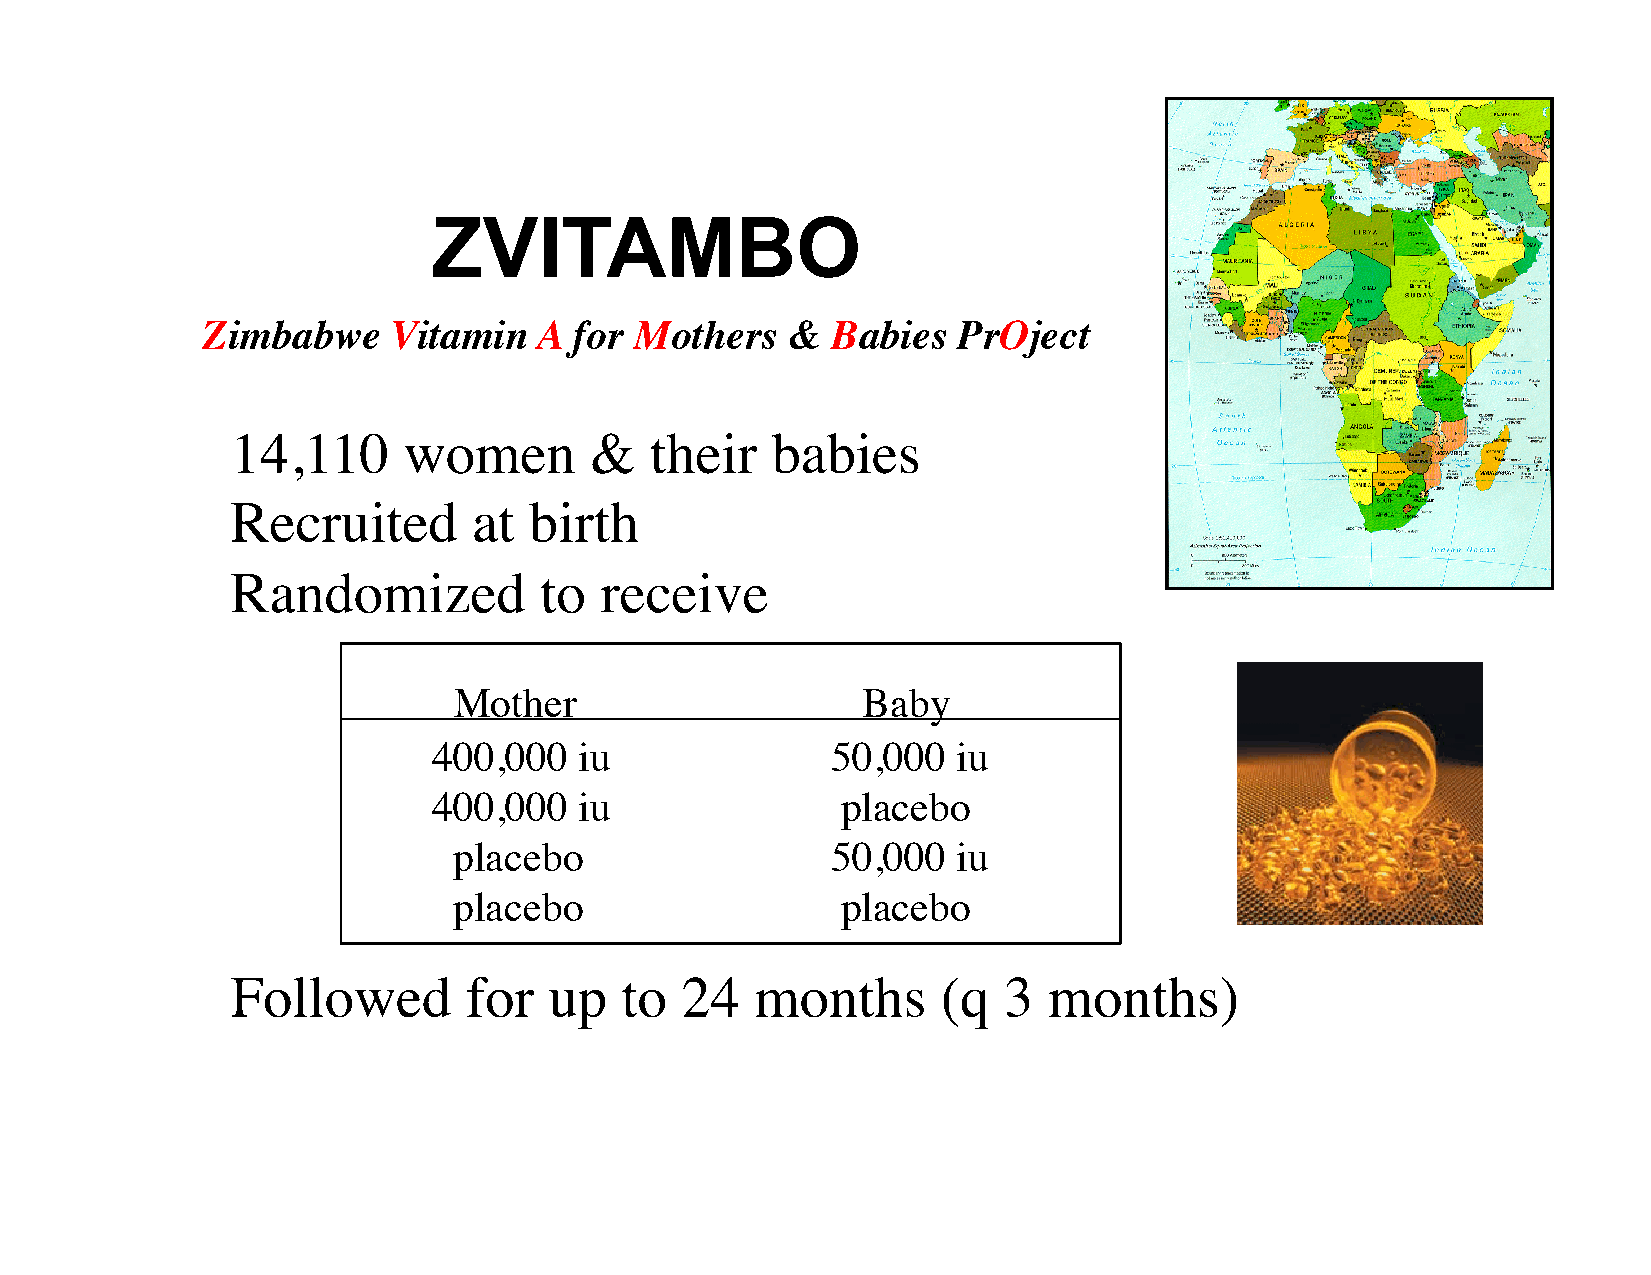
ZVITAMBO
 Zimbabwe     Vitamin   A for Mothers   &  Babies  PrOject
 14,110      women       &   their   babies
 Recruited       at  birth
 Randomized           to  receive
 Mother                     Baby
 400,000  iu               50,000  iu
 400,000  iu                placebo
 placebo                  50,000  iu
 placebo                   placebo
 Followed        for  up   to  24   months      (q  3  months)